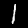
Label: 1